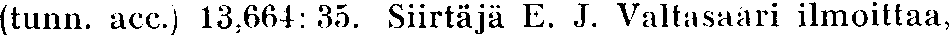
(tunn. acc.) 13,664: 35. Siirtäjä E. J. Valtasaari ilmoittaa,